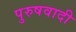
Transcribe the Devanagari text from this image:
पुरुषवादी